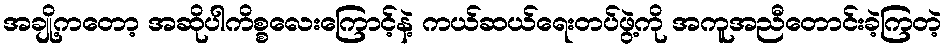
အချို့ကတော့ အဆိုပါကိစ္စလေးကြောင့်နဲ့ ကယ်ဆယ်ရေးတပ်ဖွဲ့ကို အကူအညီတောင်းခဲ့ကြတဲ့